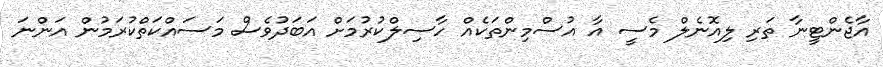
އާޖެންޓީނާ ތަރި ލިއޮނެލް މެސީ އާ އުސްމިންތަކެއް ހާސިލްކުރުމަށް އަބަދުވެސް މަސައްކަތްކުރަމުން އަންނަ